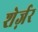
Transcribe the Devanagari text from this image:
शेर्ज़र